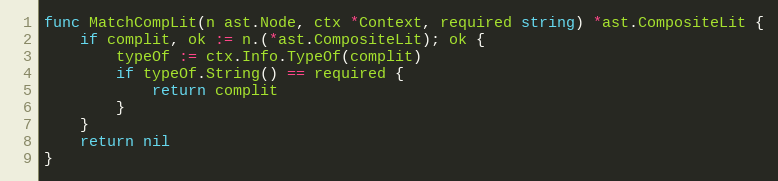
Language: Go
func MatchCompLit(n ast.Node, ctx *Context, required string) *ast.CompositeLit {
	if complit, ok := n.(*ast.CompositeLit); ok {
		typeOf := ctx.Info.TypeOf(complit)
		if typeOf.String() == required {
			return complit
		}
	}
	return nil
}